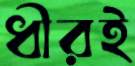
ধীরই